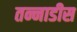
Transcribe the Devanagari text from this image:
तन्नाडीस